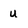
Character: U